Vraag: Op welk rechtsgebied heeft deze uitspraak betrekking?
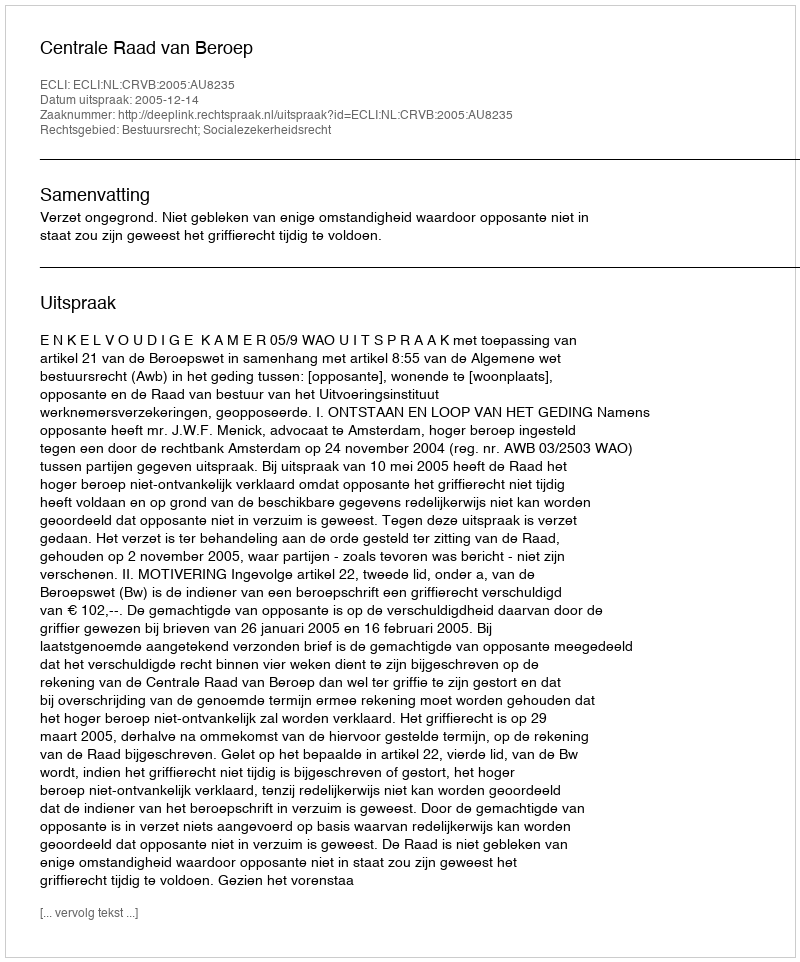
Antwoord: Bestuursrecht; Socialezekerheidsrecht